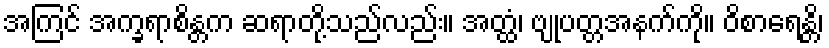
အကြင် အက္ခရာစိန္တက ဆရာတို့သည်လည်း။ အတ္ထံ၊ ဗျုပတ္တအနက်ကို။ ဝိစာရေန္တိ၊